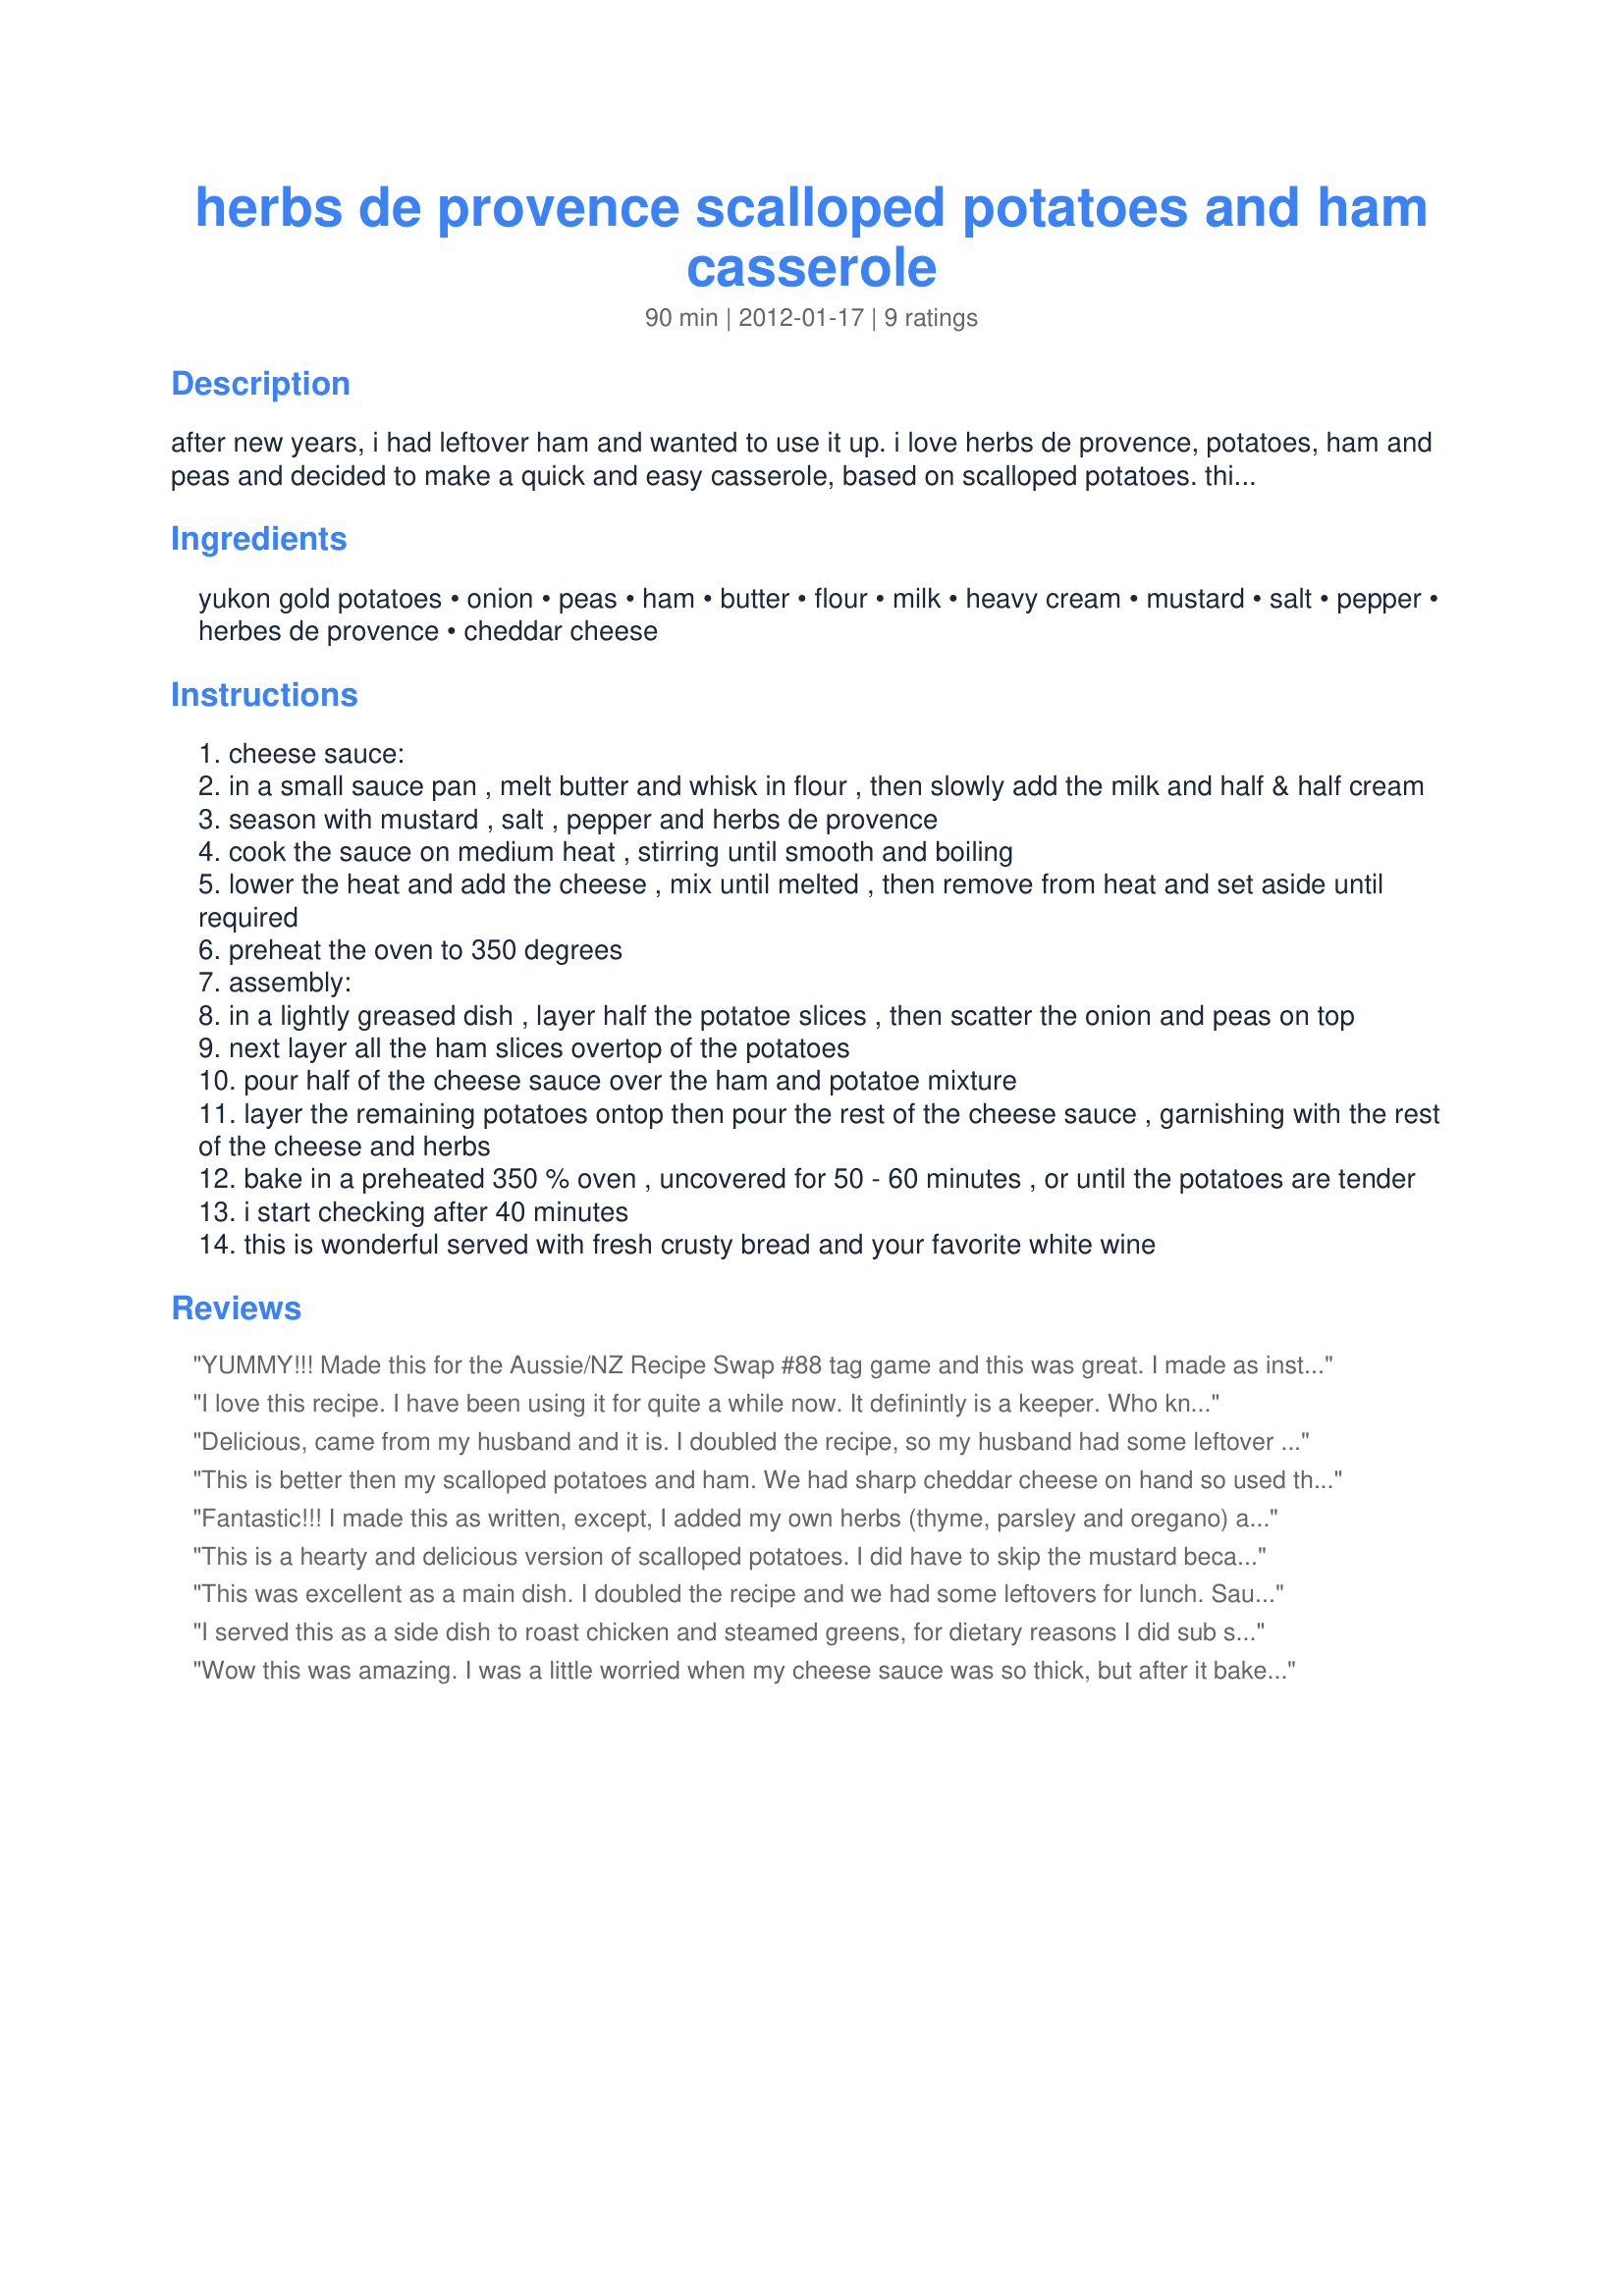
herbs de provence scalloped potatoes and ham casserole
Preparation time: 90 minutes

after new years, i had leftover ham and wanted to use it up. i love herbs de provence, potatoes, ham and peas and decided to make a quick and easy casserole, based on scalloped potatoes.

this is a very versatile recipe, layered like scalloped potatoes it works beautifully.

in a hurry, make it the casserole way, just throw all the ingredients except for the garnish in a large bowl and mix well. next pour the mixture into a prepared dish, garnish and place in the oven as is. (if you are making it this way you may want to coarsly chop the onions and ham) it is a very tasty dish prepared either way.

Ingredients:
yukon gold potatoes, onion, peas, ham, butter, flour, milk, heavy cream, mustard, salt, pepper, herbes de provence, cheddar cheese

Steps:
cheese sauce:
in a small sauce pan , melt butter and whisk in flour , then slowly add the milk and half & half cream
season with mustard , salt , pepper and herbs de provence
cook the sauce on medium heat , stirring until smooth and boiling
lower the heat and add the cheese , mix until melted , then remove from heat and set aside until required
preheat the oven to 350 degrees
assembly:
in a lightly greased dish , layer half the potatoe slices , then scatter the onion and peas on top
next layer all the ham slices overtop of the potatoes
pour half of the cheese sauce over the ham and potatoe mixture
layer the remaining potatoes ontop then pour the rest of the cheese sauce , garnishing with the rest of the cheese and herbs
bake in a preheated 350 % oven , uncovered for 50 - 60 minutes , or until the potatoes are tender
i start checking after 40 minutes
this is wonderful served with fresh crusty bread and your favorite white wine

Reviews:
YUMMY!!! Made this for the Aussie/NZ Recipe Swap #88 tag game and this was great. I made as instructed and I have never used Herbs De Provence in a scallop/ham recipe and it gave this a great flavor. DH inhaled it so there was nothing left. Will be making this again. Thank you for posting.
I love this recipe. I have been using it for quite a while now. It definintly is a keeper. Who knew that Herbs De Provence was so tasty?
Delicious, came from my husband and it is. I doubled the recipe, so my husband had some leftover for his work dinner the following day. I also took the lazy route and used your "throw it all together" idea. Made for Everyday Holiday Tag game. :)
This is better then my scalloped potatoes and ham. We had sharp cheddar cheese on hand so used that and did add more to the cream sauce and topping. The peas and herbs de provence were very nice additions. Will be making this again the next time I bake a ham. Made and reviewed for the Think Pink - 2018 tag game.
Fantastic!!! I made this as written, except, I added my own herbs (thyme, parsley and oregano) as I don&#039;t care for Rosemary, at all, and we aren&#039;t fans of peas, so left them out. I loved the little tang from the dijon mustard and the flavors of the additonal herbs. Total comfort food for me. Served it with corn and blueberry muffins. Thanks for sharing the recipe. Made for &quot;For your Consideration Tag Game&quot;.
This is a hearty and delicious version of scalloped potatoes. I did have to skip the mustard because of my super picky DH. This is luxurious with cheese and Yukon Golds are my fav spud, whats not to love! The Herbs De Provence add a special touch. Everyone should love this elevated comfort food that makes a full meal but if you have young children you might want to use a milder cheese, for the adult pallet this is marvelous and a must try. Thanks so much Kato. :D
This was excellent as a main dish. I doubled the recipe and we had some leftovers for lunch. Sauce thins while cooking to perfection. I cooked onion before adding. Yum!
I served this as a side dish to roast chicken and steamed greens, for dietary reasons I did sub spring onion (green part) for the onion otherwise made as directed and had with roast chicken and steamed greens, thank you Baby Kato, made for ZAAR Stars tag game..
Wow this was amazing. I was a little worried when my cheese sauce was so thick, but after it baked it was perfect. I didn't have Herbs De Provence, so I googled it and made my own. Fabulous recipie that I added to my "only favorite" book. Thanks for sharing.
